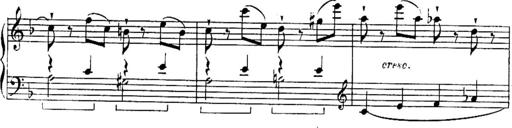
Title: Sonatines
Composer: Hedwige ChrÃ©tien